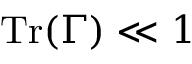
\mathrm { T r } ( \Gamma ) \ll 1